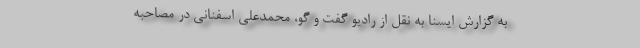
به گزارش ایسنا به نقل از رادیو گفت و گو،‌ محمدعلی اسفنانی در مصاحبه